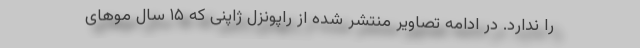
را ندارد. در ادامه تصاویر منتشر شده از راپونزل ژاپنی که ۱۵ سال موهای